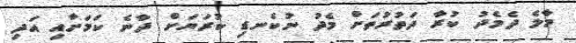
މާލެ ދެމެދު ކުރާ ދަތުރުތަށް މެދު ނުކެނޑި ކުރަޔަށް ދާނެ ކަމަށާއި އަދި